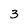
Character: 3